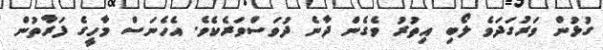
ގުޅުން ވަރުގަދަވެ ލޯބި އިތުރު ވެގެން ދާނެ ދުވަސްވަރެކެވެ. އެހެނަސް މާހީގެ ފަރާތުން